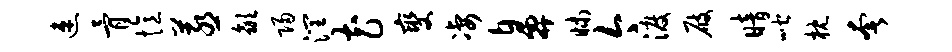
速骨忆蒸歙归润花燮凄鼻昧今渡屐暗喈枕奢